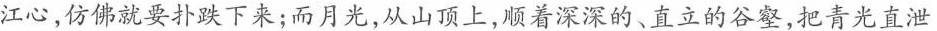
江心,仿佛就要扑跌下来;而月光,从山顶上,顺着深深的、直立的谷壑,把青光直泄